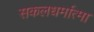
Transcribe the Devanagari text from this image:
सकलधर्मात्मा